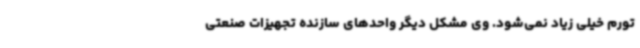
تورم خیلی زیاد نمی‌شود. وی مشکل دیگر واحدهای سازنده تجهیزات صنعتی